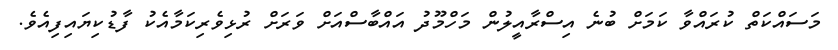
މަސައްކަތް ކުރައްވާ ކަމަށް ބުނެ އިސްރާއީލުން މަހްމޫދު އައްބާސްއަށް ވަރަށް ރުޅިވެރިކަމާއެކު ފާޑުކިޔައިފިއެވެ.